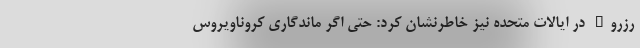
رزرو" در ایالات متحده نیز خاطرنشان ‌کرد: حتی اگر ماندگاری کروناویروس